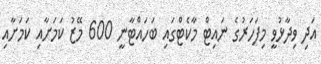
އަދި ވިދާޅުވީ މިފަހަރުގެ ނައިޓް މާކެޓްގައި ބަހައްޓާނީ 600 މޭޒު ކަމަށާއި ކަމަށާއި